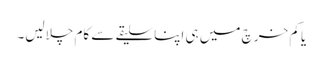
یا کم خرچ میں ہی اپنا سلیقے سے کام چلالیں۔